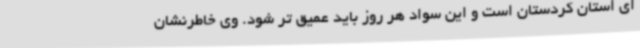
ای استان کردستان است و این سواد هر روز باید عمیق تر شود. وی خاطرنشان